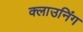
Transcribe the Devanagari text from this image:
क्लाउनिंग